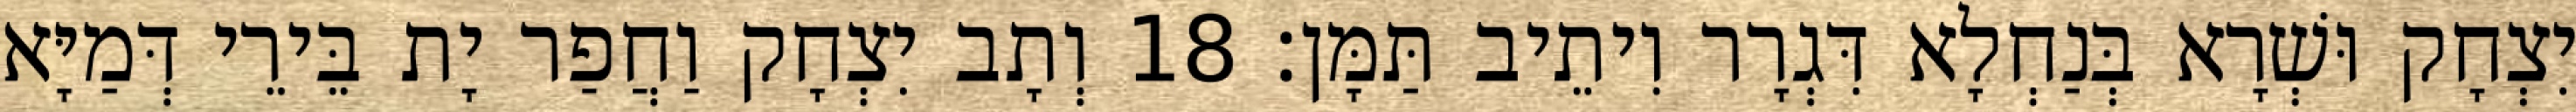
יִצְחָק וּשְׁרָא בְּנַחְלָא דִּגְרָר וִיתֵיב תַּמָּן׃ 18 וְתָב יִצְחָק וַחֲפַר יָת בֵּירֵי דְּמַיָּא